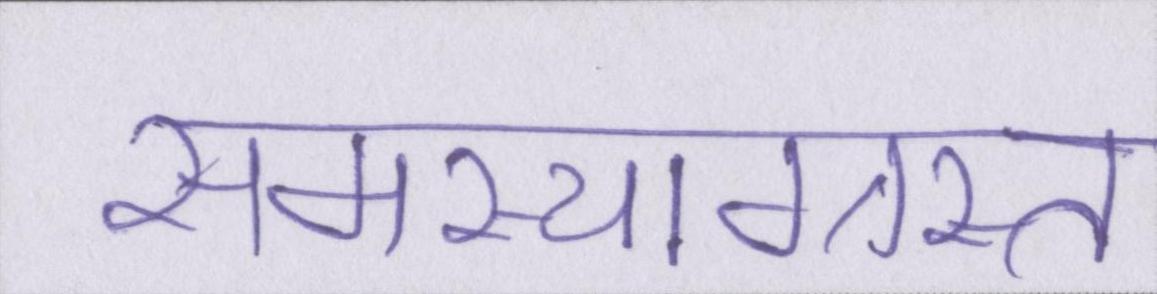
समस्याग्रस्त